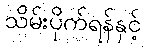
သိမ်းပိုက်ရန်နှင့်